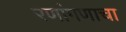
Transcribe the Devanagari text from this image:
रणांगणाचा